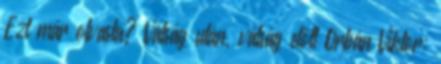
Ezt már olvasta? Válság után, válság előtt Orbán Viktor: